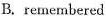
B. remembered